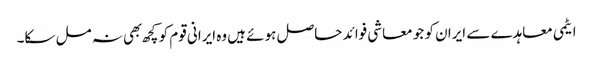
ایٹمی معاہدے سے ایران کو جو معاشی فوائد حاصل ہوئے ہیں وه ایرانی قوم کو کچھ بهی نہ مل سکا۔